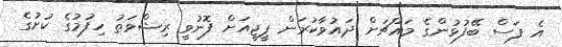
އެ ފަސް ބޭފުޅުންގެ މައްޗަށް ދައުވާކުރަން ޕީޖީއަށް ފޮނުވީ ރިޝްވަތު ހިފުމުގެ ކުށުގެ